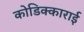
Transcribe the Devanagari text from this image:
कोडिक्काराई